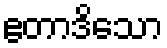
ဧတာဒိသော